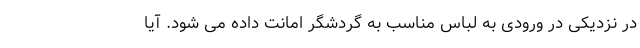
در نزدیکی در ورودی به لباس مناسب به گردشگر امانت داده می شود. آیا